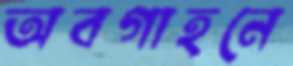
অবগাহনে